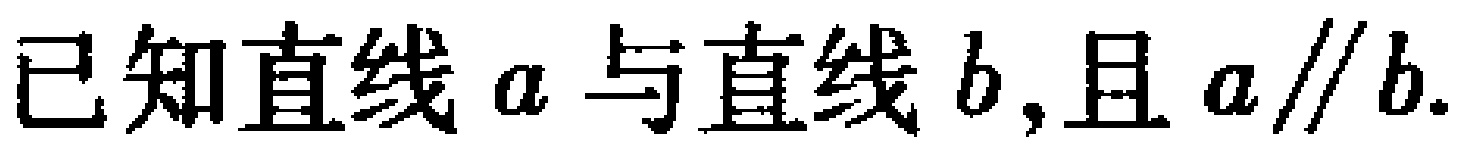
已知直线\(a\)与直线\(b\),且\(a\parallel b\).